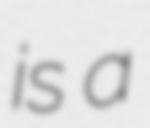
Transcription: is a